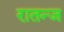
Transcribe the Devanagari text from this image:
रातन्ज